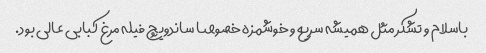
باسلام و تشکر مثل همیشه سریع و خوشمزه خصوصا ساندویچ فیله مرغ کبابی عالی بود.